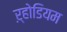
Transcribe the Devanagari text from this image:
ऱ्होडियम